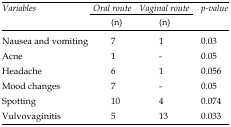
| Variables | Oral route | Vaginal route | p-value |
 |  | (n) | (n) |  |
 | --- | --- | --- | --- |
 | Nausea and vomiting | 7 | 1 | 0.03 |
 | Acne | 1 | - | 0.05 |
 | Headache | 6 | 1 | 0.056 |
 | Mood changes | 7 | - | 0.05 |
 | Spotting | 10 | 4 | 0.074 |
 | Vulvovaginitis | 5 | 13 | 0.033 |